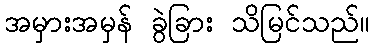
အမှားအမှန် ခွဲခြား သိမြင်သည်။